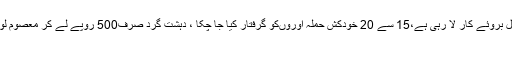
حکومت صوبے میں قیام امن کو یقینی بنانے کے لئے تمام وسائل بروئے کار لا رہی ہے،15 سے 20 خودکش حملہ آوروںکو گرفتار کیا جا چکا ، دہشت گرد صرف500 روپے لے کر معصوم لو گوں کو قتل کر رہے،وزیراعلیٰ بلوچستان میر عبدالقدوس بزنجو
کوئٹہ۔